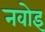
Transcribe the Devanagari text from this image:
नवोइ